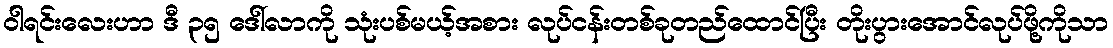
ဝါရင်းလေးဟာ ဒီ ၃၅ ဒေါ်လာကို သုံးပစ်မယ့်အစား လုပ်ငန်းတစ်ခုတည်ထောင်ပြီး တိုးပွားအောင်လုပ်ဖို့ကိုသာ